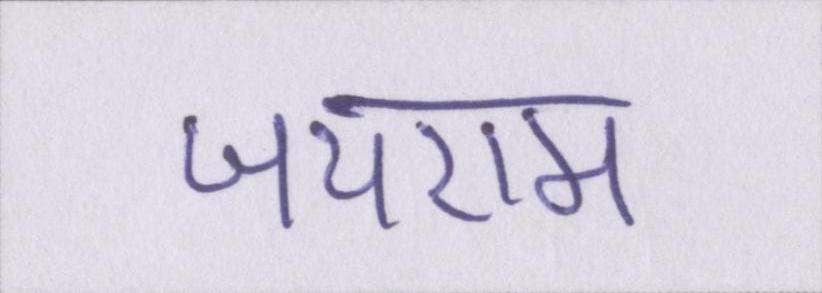
जयराम